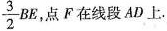
\frac{3}{2}BE，点F在线段AD上.